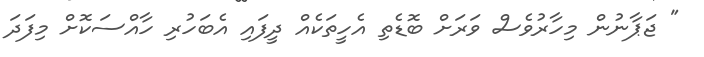
" ޖަޕާނުން މިހާރުވެސް ވަރަށް ބޮޑެތި އެހީތަކެއް ދީފައި އެބަހުރި ހާއްސަކޮށް މިފަދަ